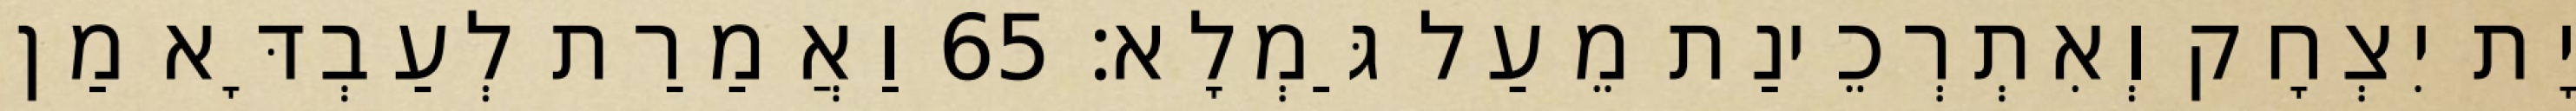
יָת יִצְחָק וְאִתְרְכֵינַת מֵעַל גַּמְלָא׃ 65 וַאֲמַרַת לְעַבְדָּא מַן